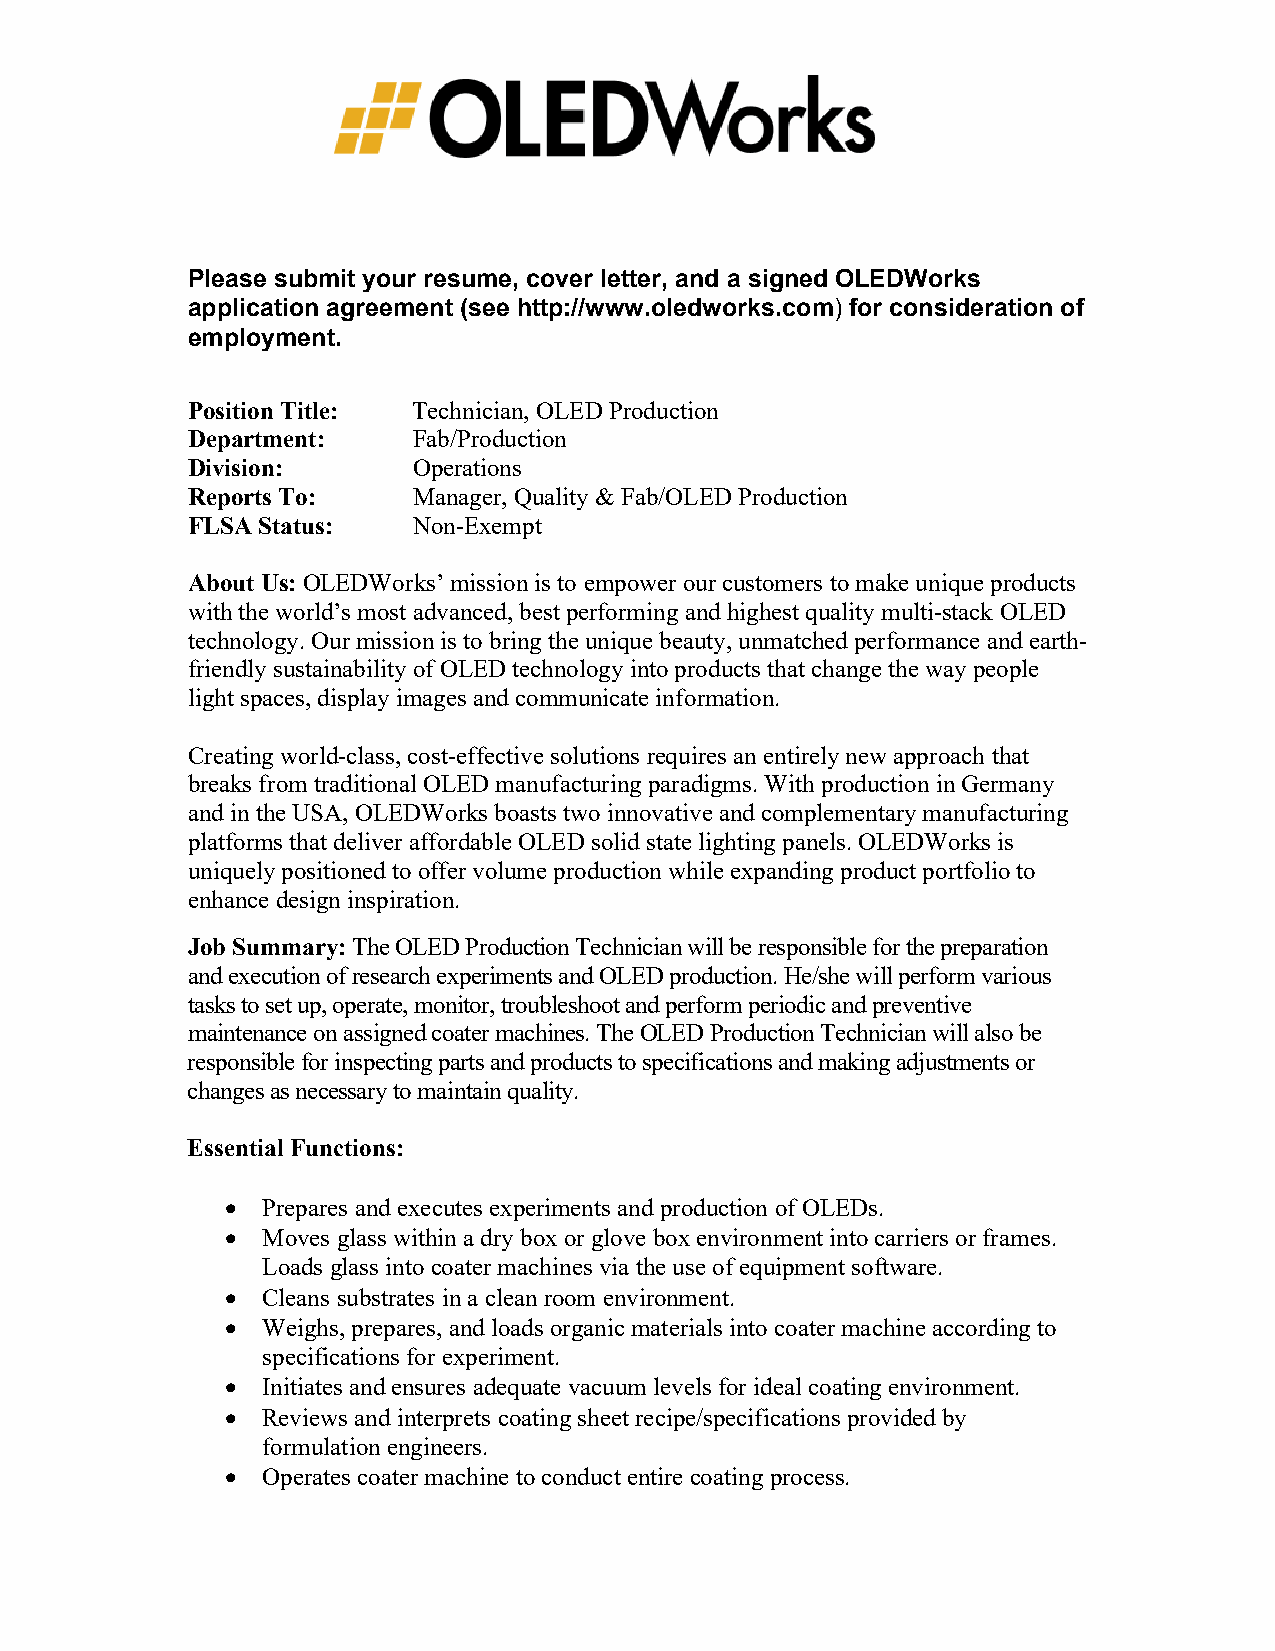
Please submit your resume, cover letter, and a signed OLEDWorks
 application agreement (see http://www.oledworks.com) for consideration of
 employment.
 Position Title: Technician, OLED Production
 Department:    Fab/Production
 Division:      Operations
 Reports To:    Manager, Quality & Fab/OLED Production
 FLSA Status:   Non-Exempt
 About Us: OLEDWorks’ mission is to empower our customers to make unique products
 with the world’s most advanced, best performing and highest quality multi-stack OLED
 technology. Our mission is to bring the unique beauty, unmatched performance and earth-
 friendly sustainability of OLED technology into products that change the way people
 light spaces, display images and communicate information.
 Creating world-class, cost-effective solutions requires an entirely new approach that
 breaks from traditional OLED manufacturing paradigms. With production in Germany
 and in the USA, OLEDWorks boasts two innovative and complementary manufacturing
 platforms that deliver affordable OLED solid state lighting panels. OLEDWorks is
 uniquely positioned to offer volume production while expanding product portfolio to
 enhance design inspiration.
 Job Summary: The OLED Production Technician will be responsible for the preparation
 and execution of research experiments and OLED production. He/she will perform various
 tasks to set up, operate, monitor, troubleshoot and perform periodic and preventive
 maintenance on assigned coater machines. The OLED Production Technician will also be
 responsible for inspecting parts and products to specifications and making adjustments or
 changes as necessary to maintain quality.
 Essential Functions:
 • Prepares and executes experiments and production of OLEDs.
 • Moves glass within a dry box or glove box environment into carriers or frames.
 Loads glass into coater machines via the use of equipment software.
 • Cleans substrates in a clean room environment.
 • Weighs, prepares, and loads organic materials into coater machine according to
 specifications for experiment.
 • Initiates and ensures adequate vacuum levels for ideal coating environment.
 • Reviews and interprets coating sheet recipe/specifications provided by
 formulation engineers.
 • Operates coater machine to conduct entire coating process.